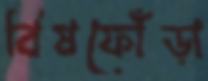
বিষফোঁড়া